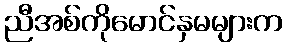
ညီအစ်ကိုမောင်နှမများက